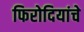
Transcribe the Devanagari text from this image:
फिरोदियांचे